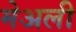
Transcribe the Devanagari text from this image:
मेअली